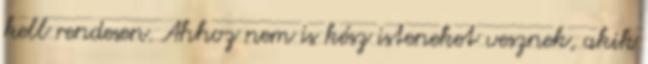
kell rendesen. Ahhoz nem is kész isteneket vesznek, akik